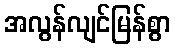
အလွန်လျင်မြန်စွာ